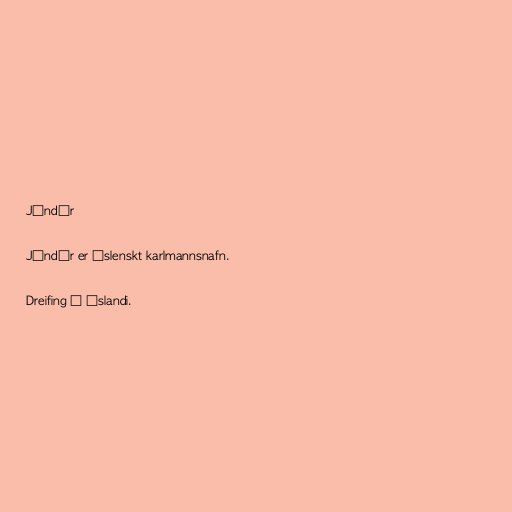
Jóndór

Jóndór er íslenskt karlmannsnafn.

Dreifing á Íslandi.